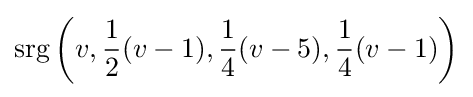
\operatorname {srg} \left(v,{\frac {1}{2}}(v-1),{\frac {1}{4}}(v-5),{\frac {1}{4}}(v-1)\right)